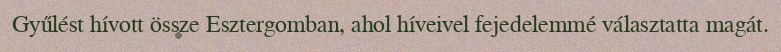
Gyűlést hívott össze Esztergomban, ahol híveivel fejedelemmé választatta magát.